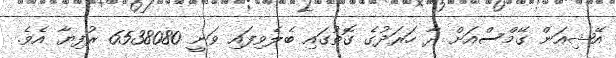
އޭޝިއަން ގޭމްސްއަށް ދާ ހަރަދުގެ ގޮތުގައި ބެލެވިފައި ވަނީ 6538080 ރުފިޔާ އެވެ.